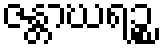
ဇန္တာဃရဉ္စ